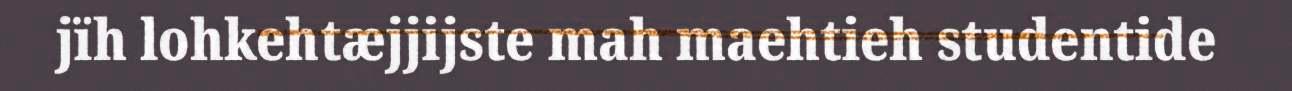
jïh lohkehtæjjijste mah maehtieh studentide